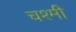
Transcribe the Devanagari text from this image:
चश्मी